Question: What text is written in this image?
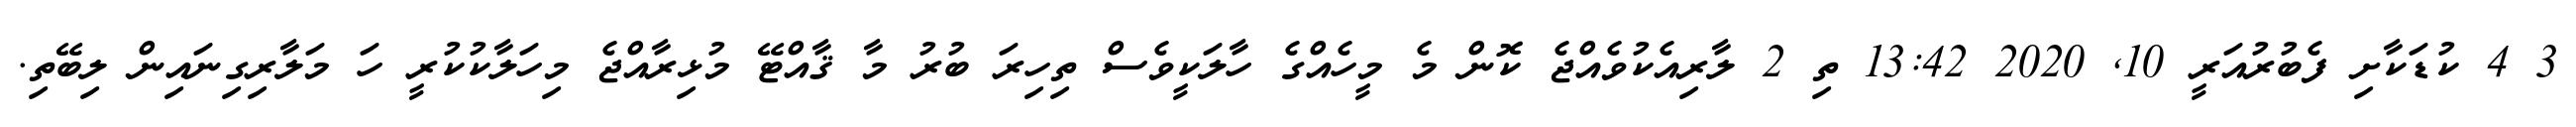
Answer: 3 4 ކުޑަކާށި ފެބުރުއަރީ 10, 2020 13:42 ތި 2 ލާރިއެކުވެއްޖެ ކޮން މެ މީހެއްގެ ހާލަކީވެސް ތިހިރަ ބުރު މާ ޤާއްޓޭ މުޅިރާއްޖެ މިހަލާކުކުރީ ހަ މަލާރިގިނައިން ލިބޭތި.